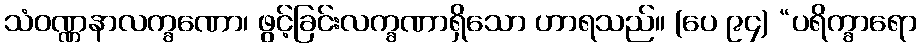
သံဝဏ္ဏနာလက္ခဏော၊ ဖွင့်ခြင်းလက္ခဏာရှိသော ဟာရသည်။ (ပေ ၉၄) “ပရိက္ခာရော